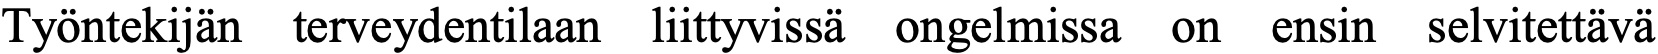
Työntekijän terveydentilaan liittyvissä ongelmissa on ensin selvitettävä